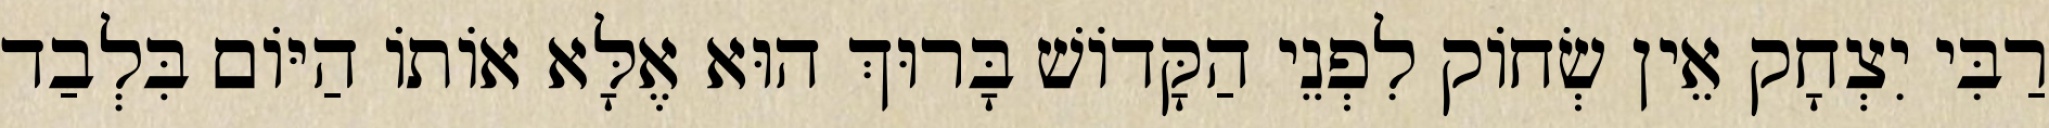
רַבִּי יִצְחָק אֵין שְׂחוֹק לִפְנֵי הַקָּדוֹשׁ בָּרוּךְ הוּא אֶלָּא אוֹתוֹ הַיּוֹם בִּלְבַד